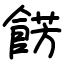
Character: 餝